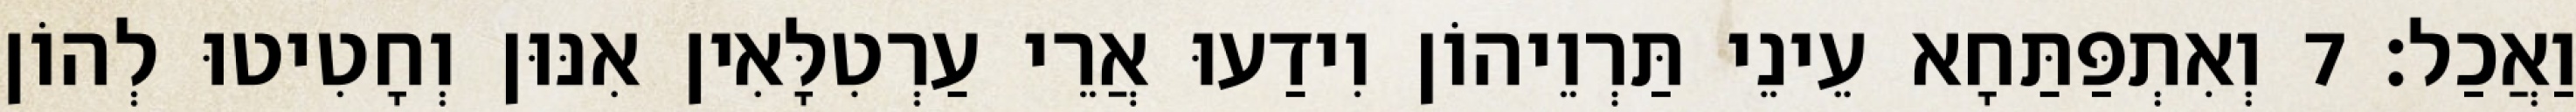
וַאֲכַל׃ 7 וְאִתְפַּתַּחָא עֵינֵי תַּרְוֵיהוֹן וִידַעוּ אֲרֵי עַרְטִלָּאִין אִנּוּן וְחָטִיטוּ לְהוֹן